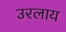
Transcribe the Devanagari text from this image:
उरलाय